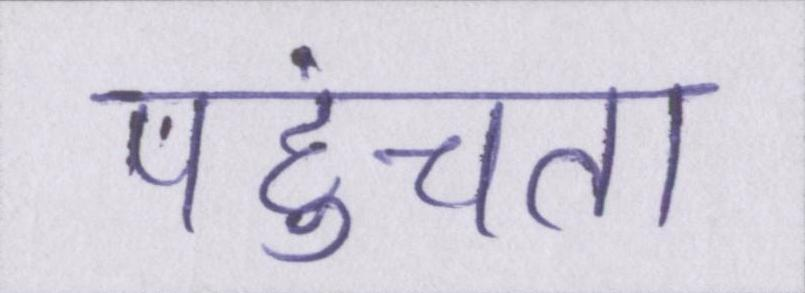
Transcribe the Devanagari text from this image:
पहुंचता